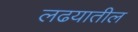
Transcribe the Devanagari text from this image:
लढयातील